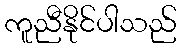
ကူညီနိုင်ပါသည်